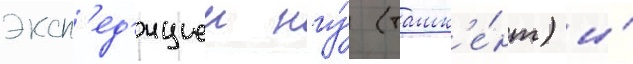
эксп'ед'ициеи нгу́ (ташк'е́нт) и́